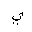
Letter: _ya